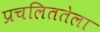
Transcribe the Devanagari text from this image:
प्रचलिततेला